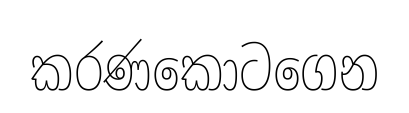
කරණකොටගෙන